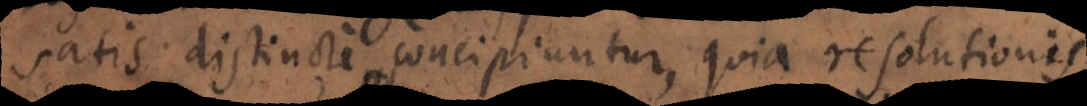
satis distincte concipiuntur, quia resolutionis